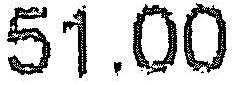
51.00